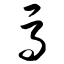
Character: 马